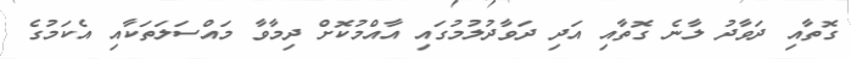
ގޮތާއި ދަވާދު ލާނެ ގޮތާއި އަދި ދަވާދުލުމުގައި އާއްމުކޮށް ދިމާވާ މައްސަލަތަކާއި އެކަމުގެ